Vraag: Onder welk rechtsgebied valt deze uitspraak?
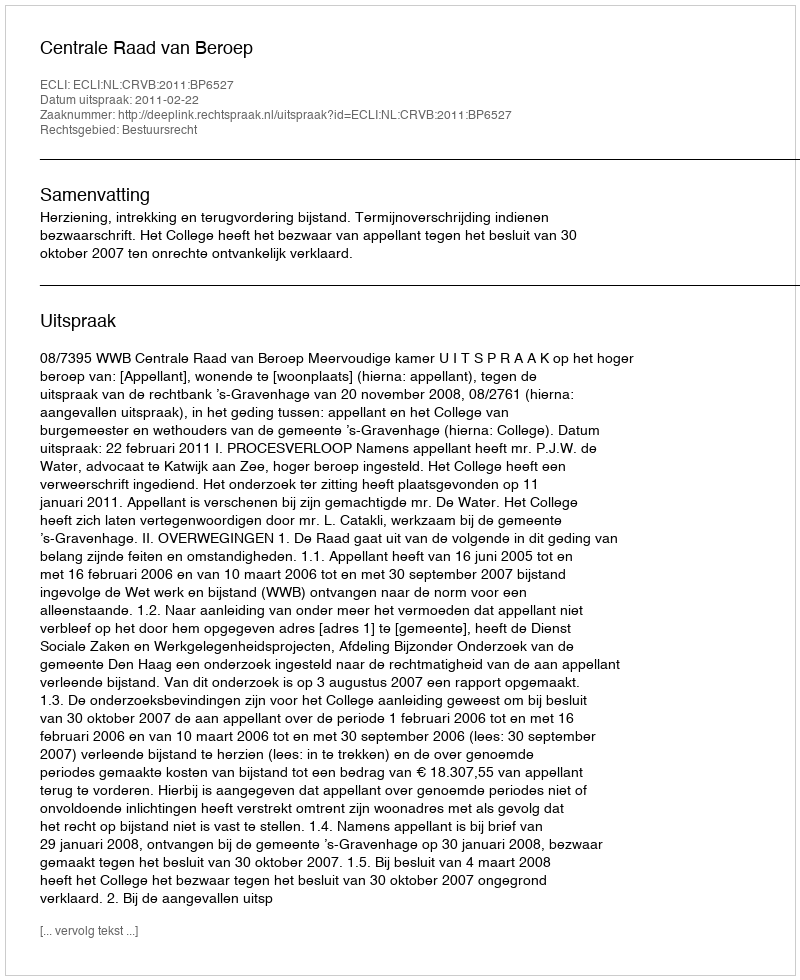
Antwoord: Bestuursrecht